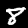
Digit: 8